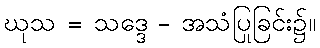
ဃုသ = သဒ္ဒေ - အသံပြုခြင်း၌။